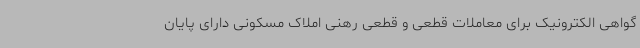
گواهی الکترونیک برای معاملات قطعی و قطعی رهنی املاک مسکونی دارای پایان